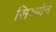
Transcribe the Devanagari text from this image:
सिय्योन